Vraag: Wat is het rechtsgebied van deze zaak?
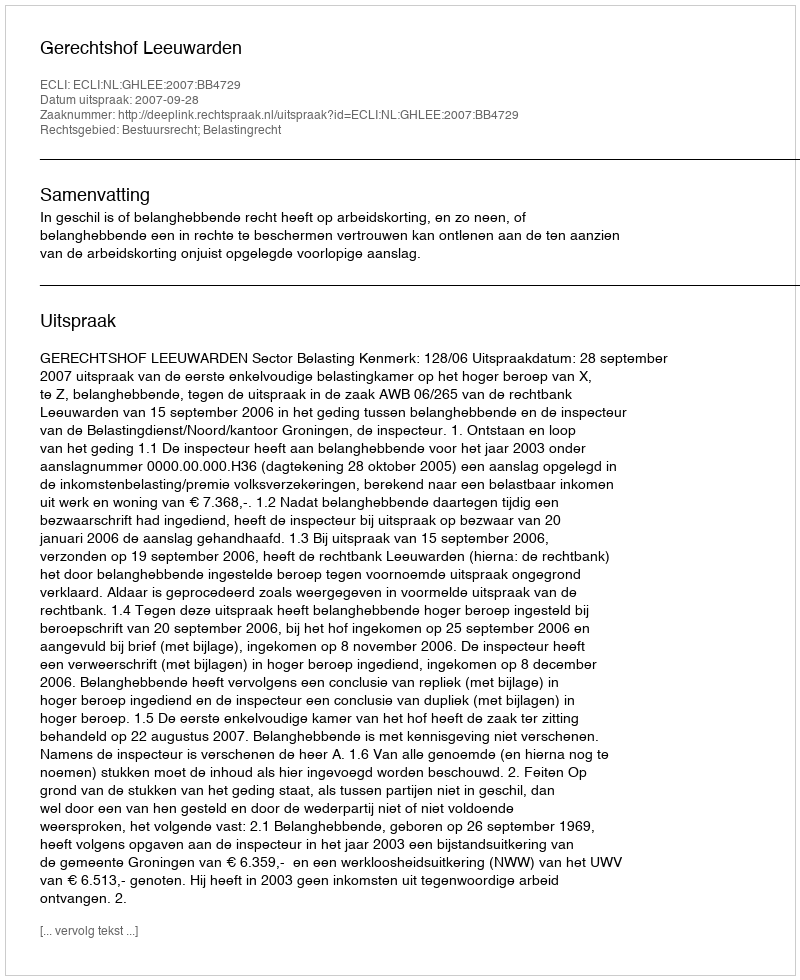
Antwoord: Bestuursrecht; Belastingrecht